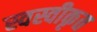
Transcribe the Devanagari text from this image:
स्वस्वीकृत